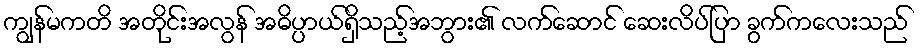
ကျွန်မကတိ အတိုင်းအလွန် အဓိပ္ပာယ်ရှိသည့်အဘွား၏ လက်ဆောင် ဆေးလိပ်ပြာ ခွက်ကလေးသည်